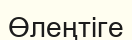
Өлеңтіге